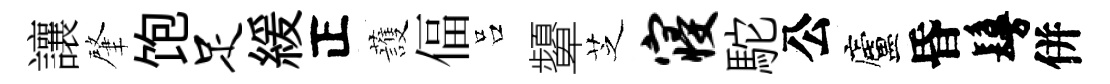
讓肇饱足緩正䕶偪吕顰芝寝駝公廬昏鬘併